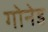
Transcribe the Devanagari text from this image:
गोनेड